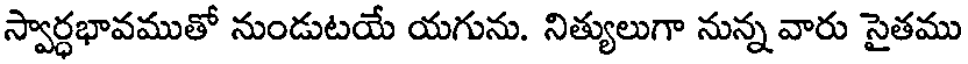
స్వార్ధభావముతో నుండుటయే యగును. నిత్యులుగా నున్న వారు సైతము